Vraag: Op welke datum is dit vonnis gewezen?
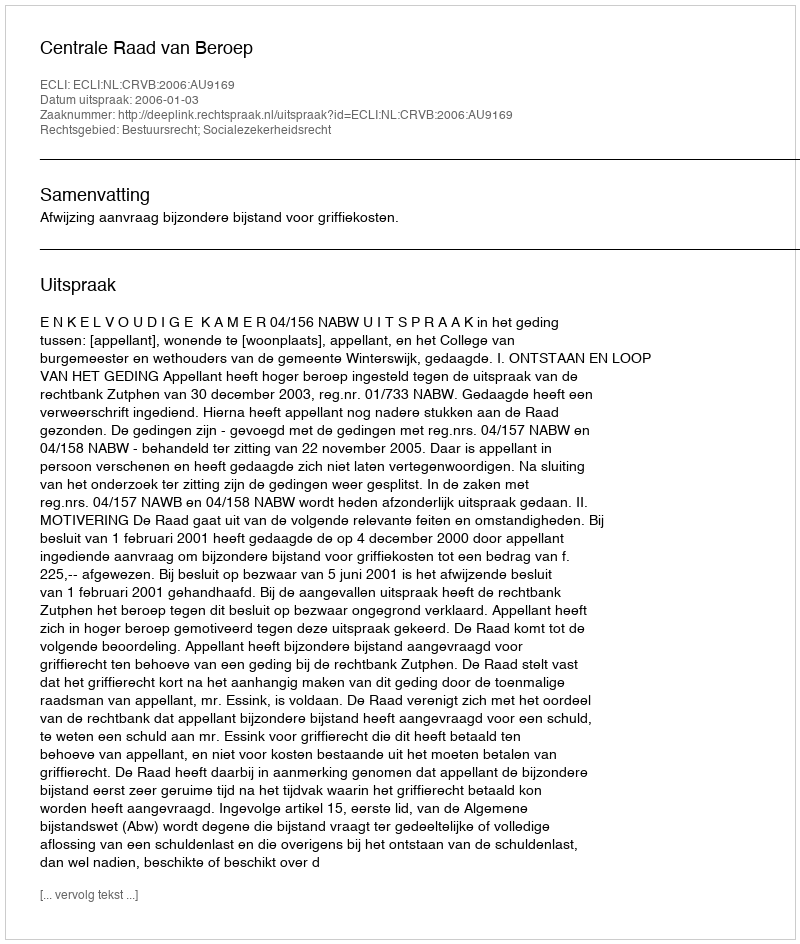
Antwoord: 2006-01-03